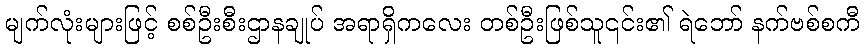
မျက်လုံးများဖြင့် စစ်ဦးစီးဌာနချုပ် အရာရှိကလေး တစ်ဦးဖြစ်သူ၎င်း၏ ရဲဘော် နက်ဗစ်စကီ